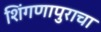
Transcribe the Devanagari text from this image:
शिंगणापुराचा